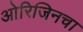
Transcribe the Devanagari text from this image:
ओरिजिनचा